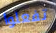
تفعلوا